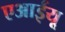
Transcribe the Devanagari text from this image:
एआईयू